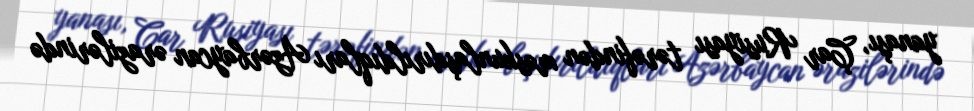
yanaşı, Çar Rusiyası tərəfindən məskunlaşdırıldıqları Azərbaycan ərazilərində